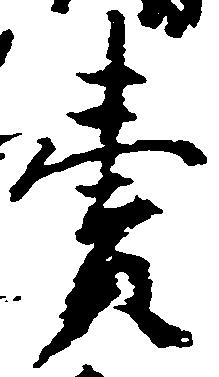
売